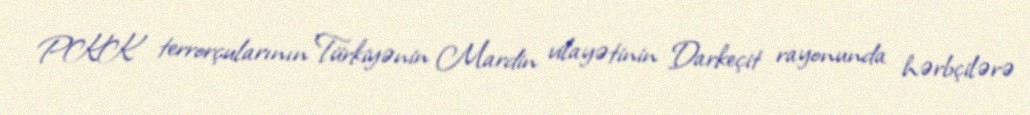
PKK terrorçularının Türkiyənin Mardin vilayətinin Darkeçit rayonunda hərbçilərə